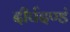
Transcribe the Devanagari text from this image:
दीर्घदण्डं